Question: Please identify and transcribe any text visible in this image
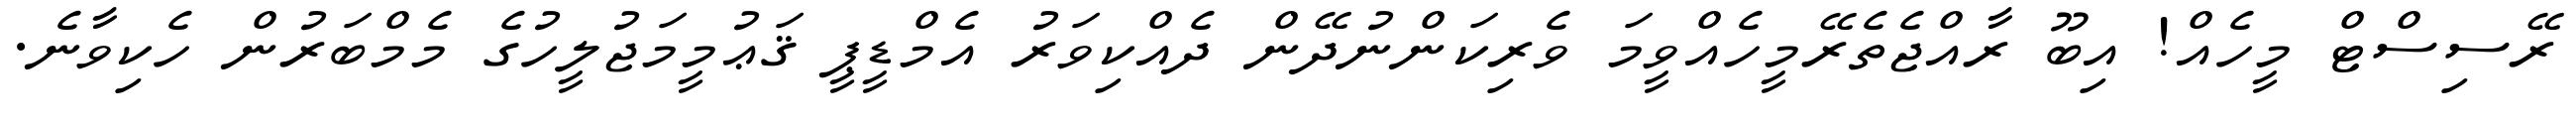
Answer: ރޭސިސްޓް މީހެއް! އިބޫ ރާއްޖެތެރޭމީހެއްވީމަ ވެރިކަންނުދޭން ދެއްކިވަރު އެމްޑީޕީ ޤަޢުމީމަޖުލީހުގެ މެމްބަރުން ހެކިވާނެ.